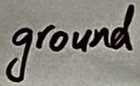
Text: ground